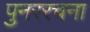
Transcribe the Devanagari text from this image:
पुनररचना